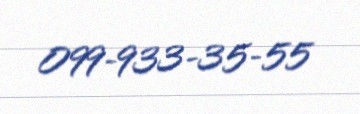
099-933-35-55